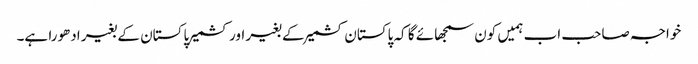
خواجہ صاحب اب ہمیں کون سمجھائے گا کہ پاکستان کشمیر کے بغیر اور کشمیر پاکستان کے بغیر ادھورا ہے۔